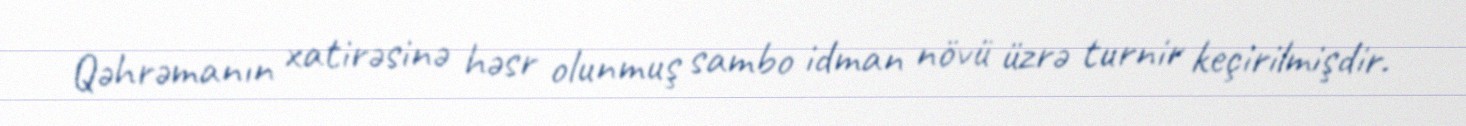
Qəhrəmanın xatirəsinə həsr olunmuş sambo idman növü üzrə turnir keçirilmişdir.